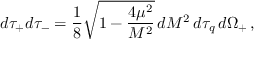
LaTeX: d \tau _ { + } d \tau _ { - } = { \frac { 1 } { 8 } } \sqrt { 1 - { \frac { 4 \mu ^ { 2 } } { M ^ { 2 } } } } \, d M ^ { 2 } \, d \tau _ { q } \, d \Omega _ { + } \, ,